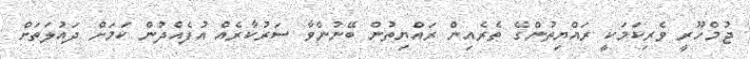
ޖުމްހޫރީ ވެރިކަމަކީ ރައްޔިތުންގެ ތެރެއިން ރައްޔިތުން ބޭނުންވާ ސަރުކާރެއް އުފެއްދުން ކަމަށް ދައުލަތަށް